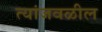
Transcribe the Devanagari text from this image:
त्यांजवळील